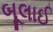
બૂલાઈ